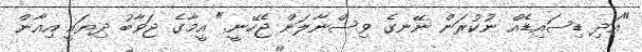
"އަދި ޑިސައިޑެއް ނުކުރަން ނޭނގެ ވިސްނާލަން ޖެހޭނީ." އީމާގެ ޖަވާބު ދިޔައީ އިއާން